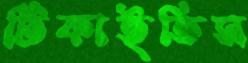
টিকাইতিস